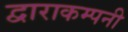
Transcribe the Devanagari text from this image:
द्वाराकम्‍पनी